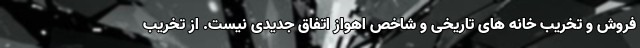
فروش و تخریب خانه های تاریخی و شاخص اهواز اتفاق جدیدی نیست. از تخریب